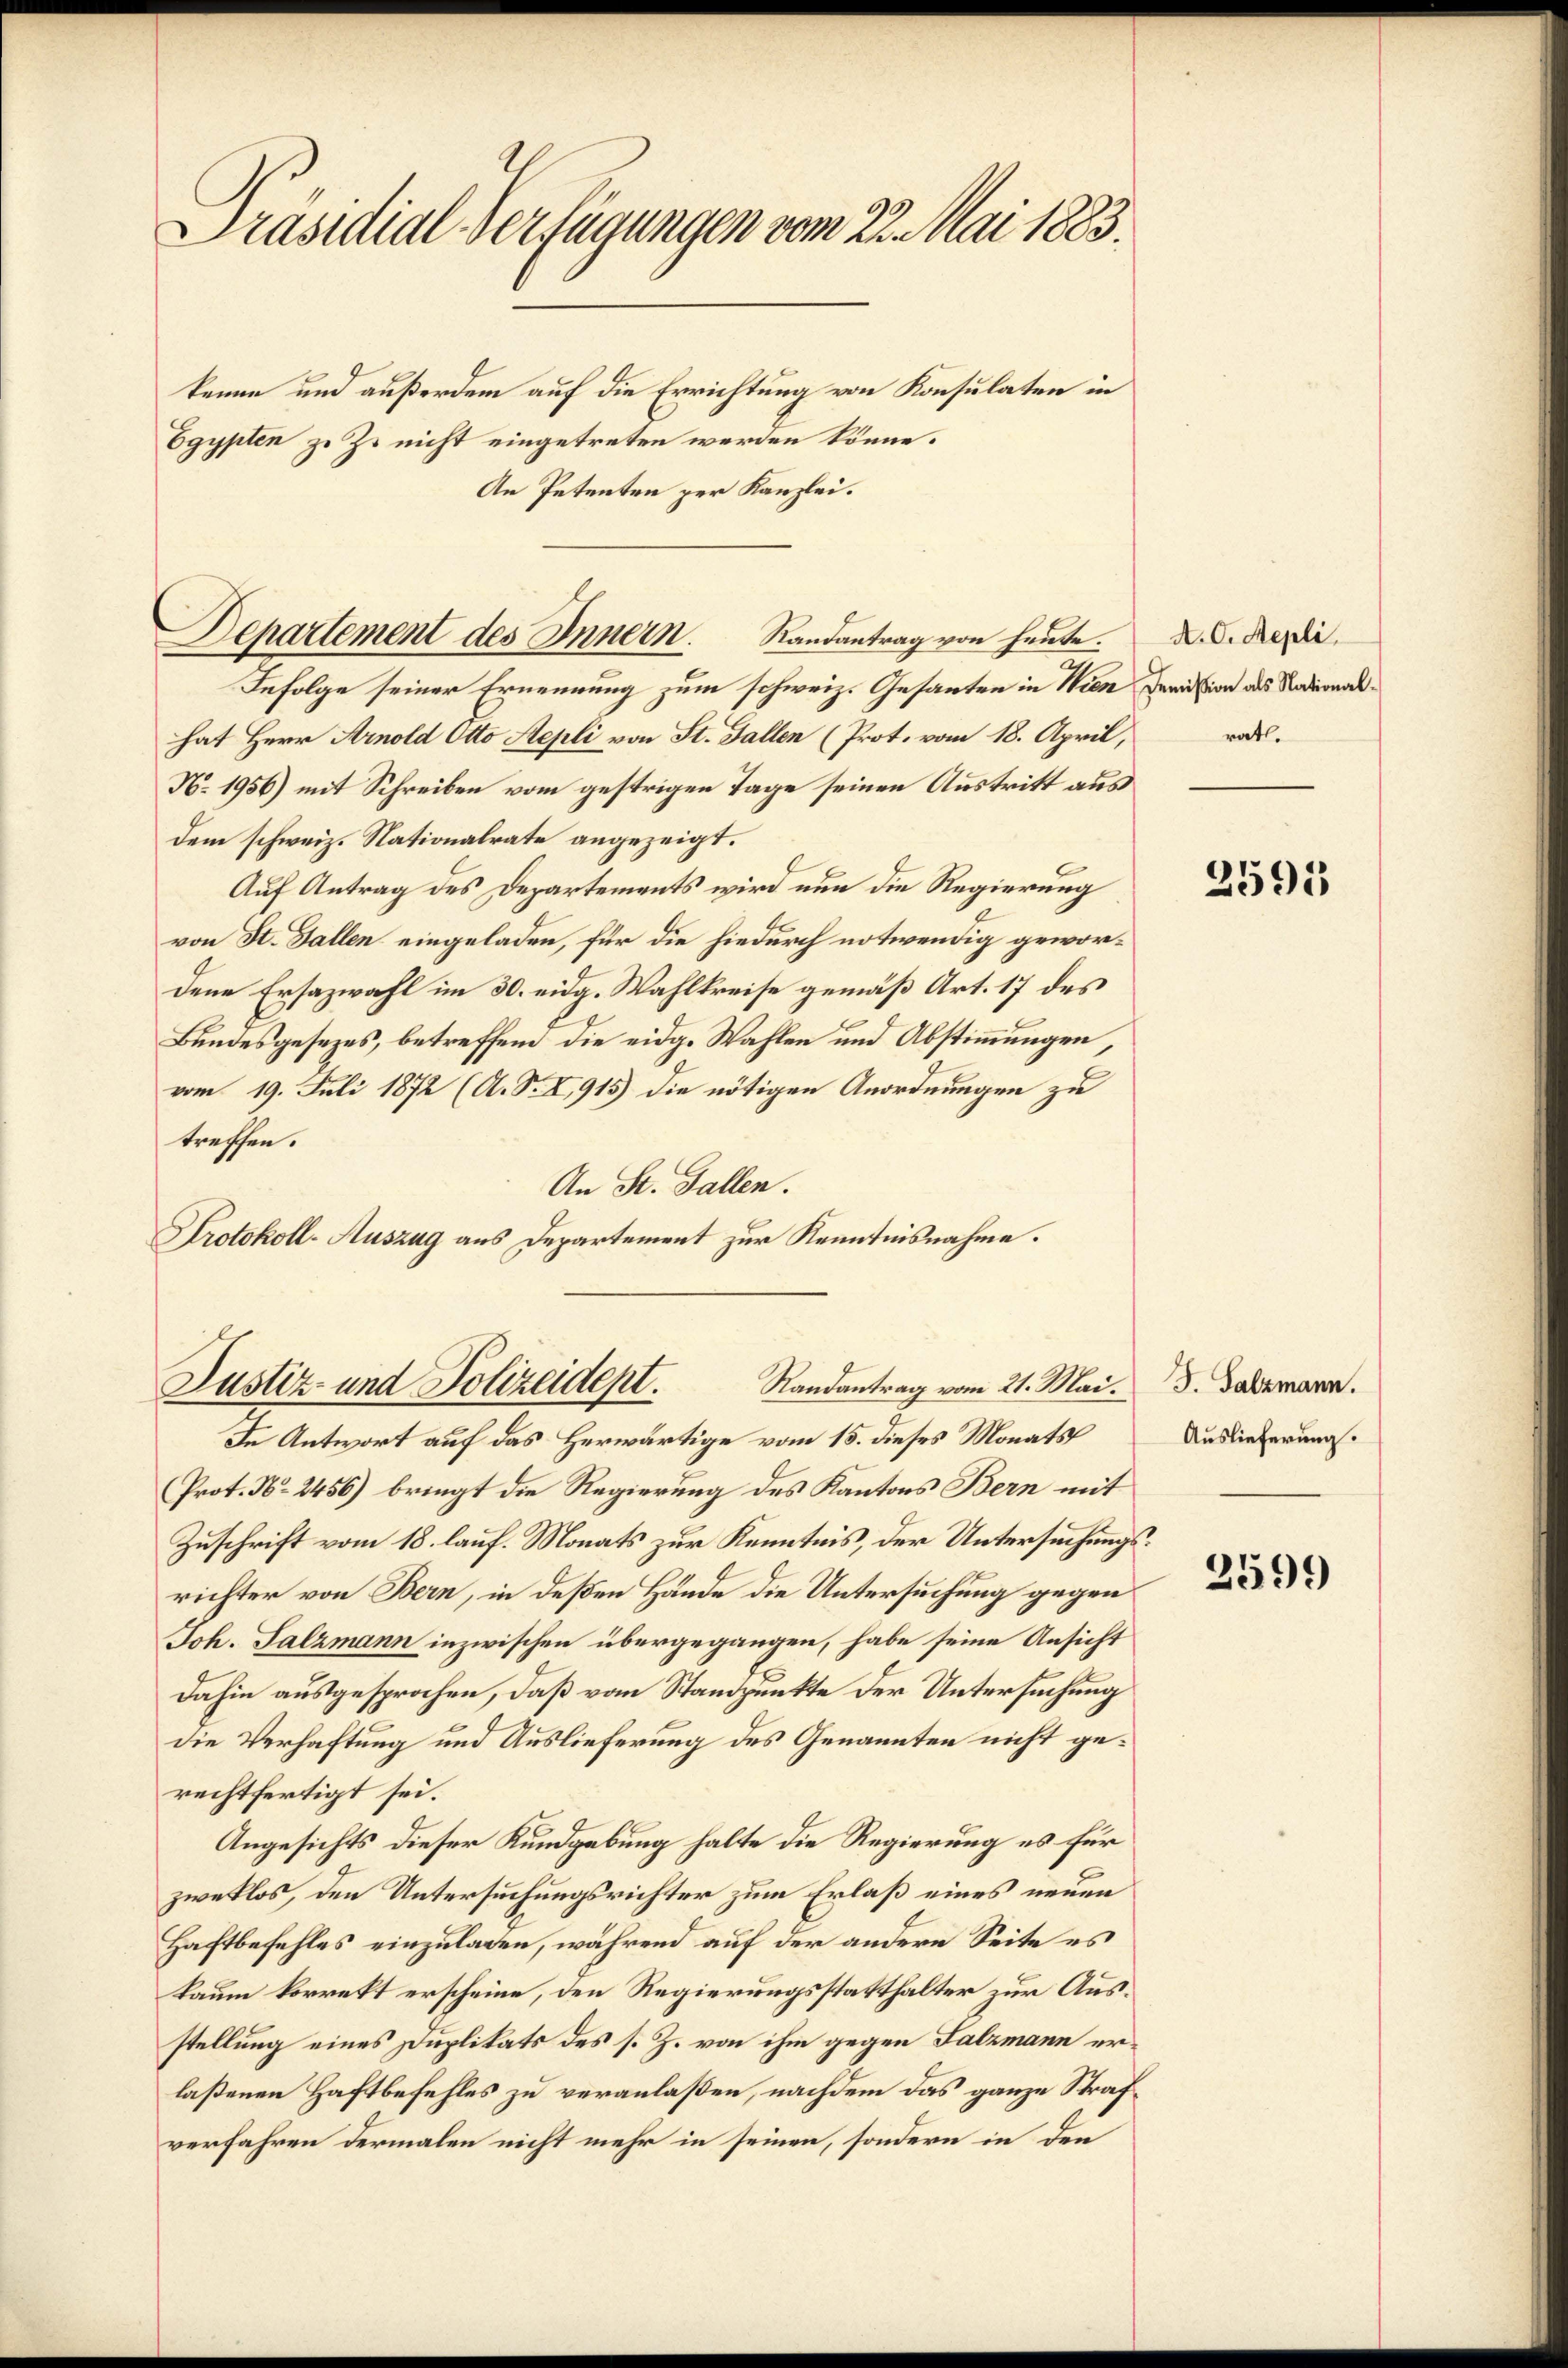
Präsidial-Verfügungen vom 22. Mai 1883.

Departement des Innern. Randantrag von heute.

kenne und außerdem auf die Errichtung von Konsulaten in
Egypten zu Z. nicht eingetreten werden könne.
An Petenten zur Kanzlei.
Infolge seiner Ernennung zum schweiz. Gesanten in Wien
hat Herr Arnold Otto Aepli von St. Gallen (Prot. vom 18. April,
N. 1956) mit Schreiben vom gestrigen Tage seinen Austritt aus
dem schweiz. Nationalrate angezeigt.
Auf Antrag des Departements wird nun die Regierung
von St. Gallen eingeladen, für die hiedurch notwendig gewordene Ersazwahl im 30. eidg. Wahlkreise gemäß Art. 17 des
Bundesgesezes, betreffend die eidg. Wahlen und Abstimmungen
vom 19. Juli 1872 (A. S. X, 915) die nötigen Anordnungen zu
treffen.
An St. Gallen.
Protokoll-Auszug aus Departement zur Kenntnisnahme.

Justiz- und Polizeidept.
Randantrag vom 21. Mai.

In Antwort auf das Herwärtige vom 15. dieses Monats
Prot. No. 2456) bringt die Regierung des Kantons Bern mit
Zuschrift vom 18. lauf. Monats zur Kenntnis, der Untersuchungsrichter von Bern, in deßen Hände die Untersuchung gegen
Joh. Salzmann inzwischen übergegangen, habe seine Ansicht
dahin ausgesprochen, daß vom Standpunkte der Untersuchung
die Verhaftung und Auslieferung des Genannten nicht gerechtfertigt sei.
Angesichts dieser Kundgebung halte die Regierung es für
zweklos, den Untersuchungsrichter zum Erlaß eines neuen
Haftbefehles einzuladen, während auf der andere Seite es
kaum korrekt erscheine, den Regierungsstatthalter zur Ausstellung eines Duplikats des s. Z. von ihm gegen Salzmann erlaßenen Haftbefehles zu veranlaßen, nachdem das ganze Strafverfahren dermalen nicht mehr in seinen, sondern in den

A. C. Repli
Demission als Nationalrath.

2595

J. Salzmann.
Auslieferung.

2599)